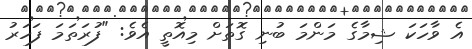
އެ ވާހަކަ ޝިމާގެ މަންމަ ބުނި ގޮތަށް މިއޮތީ އެވެ: "ފުރަތަމަ ފަހަރު